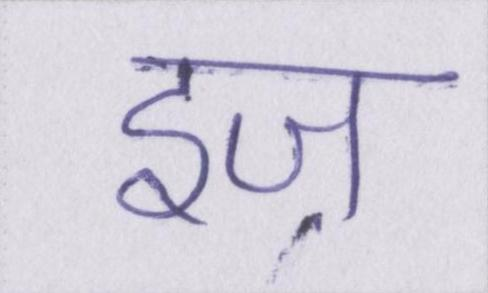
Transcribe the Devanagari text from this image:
इज़